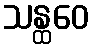
သန္ထဝေ